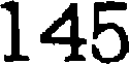
145